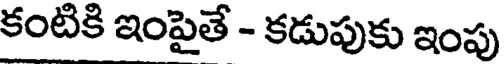
కంటికి ఇంపైతే - కడుపుకు ఇంపు